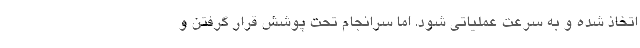
اتخاذ شده و به سرعت عملیاتی شود. اما سرانجام تحت پوشش قرار گرفتن و